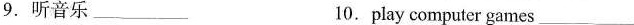
9.听音乐___ 10.play computer games___